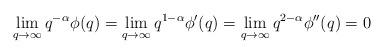
LaTeX: \begin{align*}\lim_{q\rightarrow \infty} q^{-\alpha} \phi(q)= \lim_{q\rightarrow \infty} q^{1-\alpha} \phi'(q)= \lim_{q\rightarrow \infty} q^{2-\alpha} \phi''(q) = 0 \end{align*}